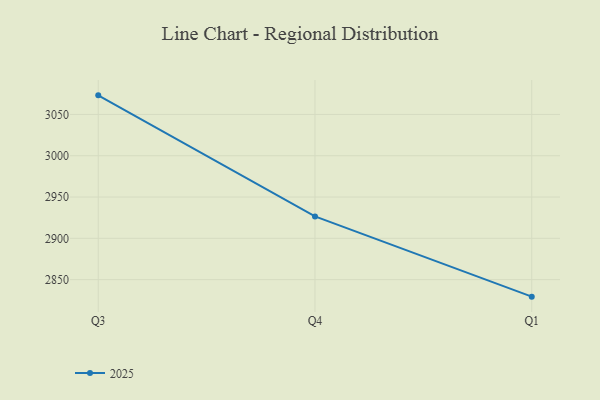
{"axis": {"x": "Quarter", "y": "Demand Index"}, "legend": ["2025"], "data": [{"x": "Q3", "y": 3073.1, "type": "2025"}, {"x": "Q4", "y": 2926.5, "type": "2025"}, {"x": "Q1", "y": 2829.4, "type": "2025"}]}